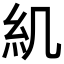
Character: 𥾊